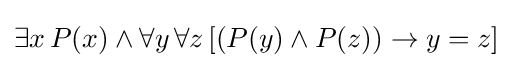
\exists x\,P(x)\wedge \forall y\,\forall z\,[(P(y)\wedge P(z))\to y=z]